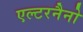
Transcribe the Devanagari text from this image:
एल्टरनैनो